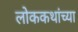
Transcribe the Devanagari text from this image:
लोककथांच्या